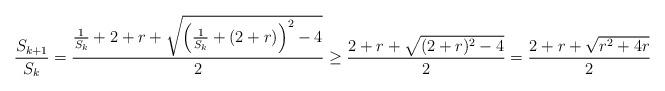
LaTeX: \begin{align*}\frac{S_{k+1}}{S_k}=\frac{\frac{1}{S_k}+2+r+\sqrt{\left(\frac{1}{S_k}+(2+r)\right)^2-4}}{2} \geq \frac{2+r+\sqrt{(2+r)^2-4}}{2} = \frac{2+r+\sqrt{r^2+4r}}{2}\end{align*}